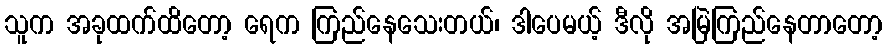
သူက အခုထက်ထိတော့ ရေက ကြည်နေသေးတယ်၊ ဒါပေမယ့် ဒီလို အမြဲကြည်နေတာတော့